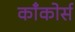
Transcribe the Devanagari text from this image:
काँकोर्स